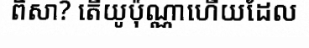
ពិសា? តើយូប៉ុណ្ណាហើយដែល